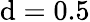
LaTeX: \mathrm{d}=0.5